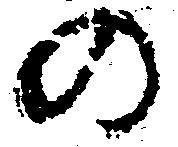
の